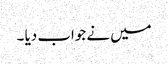
میں نے جواب دیا ۔